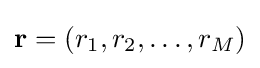
\mathbf {r} =(r_{1},r_{2},\dots ,r_{M})